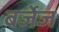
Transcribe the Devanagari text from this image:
बर्जेज